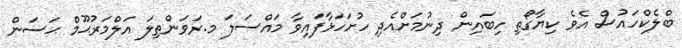
ބްލެކްހައުސް އެވެ ކިޔާގޯތި ހިބައިން ދިނުމަށްއެދި ހުށަހަޅާފައިވާ މައްސަލަ މ.ރަވަންތިލަ އަލްމަރުޙޫމް ޙަސަން